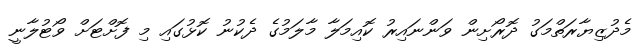
މެދުޒިޔާރަތްމަގު ދޮރޯށިން ވަންނައިރު ކޮއިމަލާ މާލަމުގެ ދެކުނު ކޮޅުގައި މި ފޮށްޓަށް ވޯޓުލާނީ